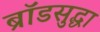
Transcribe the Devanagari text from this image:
ब्रॉडसुद्धा